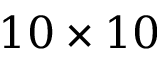
1 0 \times 1 0